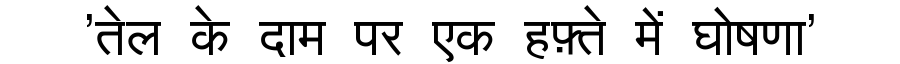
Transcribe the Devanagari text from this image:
'तेल के दाम पर एक हफ़्ते में घोषणा'